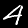
Digit: 4